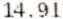
14.91